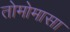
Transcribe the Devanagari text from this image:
तोमोमासा